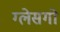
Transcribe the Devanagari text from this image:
ग्लेसगो